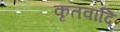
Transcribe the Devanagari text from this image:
कृतवादि